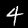
Label: 4